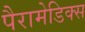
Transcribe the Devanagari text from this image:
पैरामेडिक्स